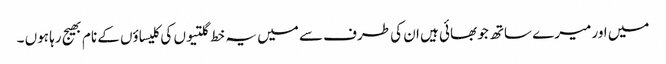
میں اور میرے ساتھ جو بھائی ہیں ان کی طرف سے میں یہ خط گلتیوں کی کلیساؤں کے نام بھیج رہا ہوں ۔